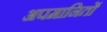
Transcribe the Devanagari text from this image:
अपमानितों